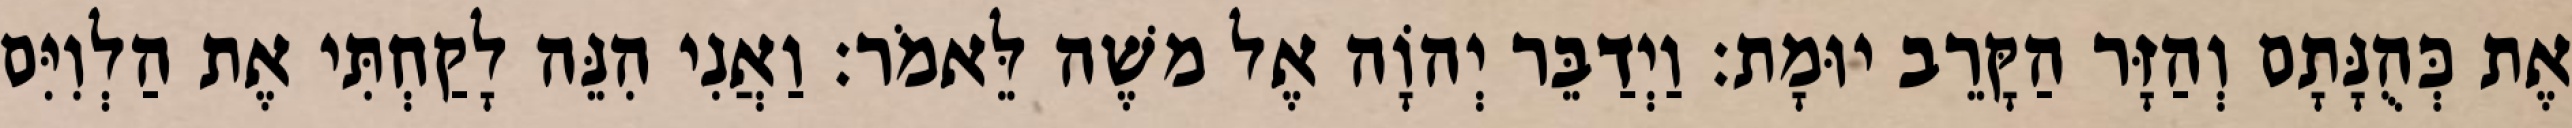
אֶת כְּהֻנָּתָם וְהַזָּר הַקָּרֵב יוּמָת׃ וַיְדַבֵּר יְהוָֹה אֶל משֶׁה לֵּאמֹר׃ וַאֲנִי הִנֵּה לָקַחְתִּי אֶת הַלְוִיִּם